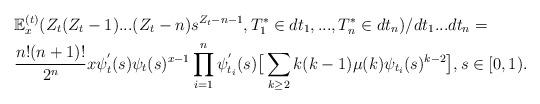
LaTeX: \begin{align*}&\mathbb E_x^{(t)}(Z_t(Z_t-1)...(Z_t-n) s^{Z_t-n-1}, T_1^*\in dt_1, ..., T_n^*\in dt_n)/ dt_1...dt_n= \\& \frac{n! (n+1)!}{2^n} x\psi _t^{'}(s) \psi _t(s)^{x-1} \prod_{i=1}^n \psi _{t_i}^{'}(s) \big[ \sum_{k\geq 2} k(k-1)\mu (k) \psi _{t_i}(s)^{k-2}\big], s\in [0,1).\end{align*}